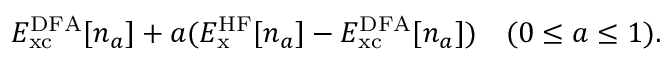
E _ { \mathrm { x c } } ^ { \mathrm { D F A } } [ n _ { a } ] + a ( E _ { \mathrm { x } } ^ { \mathrm { H F } } [ n _ { a } ] - E _ { \mathrm { x c } } ^ { \mathrm { D F A } } [ n _ { a } ] ) \quad ( 0 \leq a \leq 1 ) .